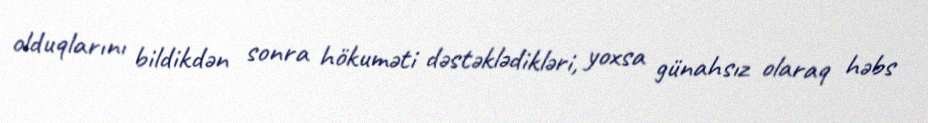
olduqlarını bildikdən sonra hökuməti dəstəklədikləri, yoxsa günahsız olaraq həbs